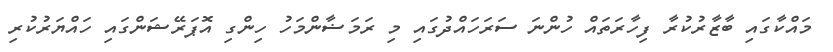
މައްކާގައި ބާޒާރުކުރާ ފިހާރަތައް ހުންނަ ސަރަހައްދުގައި މި ރަމަޟާންމަހު ހިންގި އޮޕަރޭޝަންގައި ހައްޔަރުކުރި